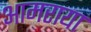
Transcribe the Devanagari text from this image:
आमराया